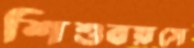
শিশুবয়সে